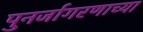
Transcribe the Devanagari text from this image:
पुनर्जागरणाच्या